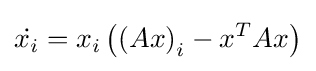
{\dot {x_{i}}}=x_{i}\left(\left(Ax\right)_{i}-x^{T}Ax\right)